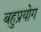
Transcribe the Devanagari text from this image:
बहुप्रयोग